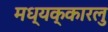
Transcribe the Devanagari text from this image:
मध्यक्कारलु